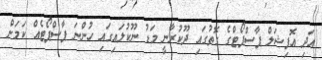
އަދި އޮފިޝަލް ޕާސްޕޯޓްގެ ގޮތުގައި ދޫކުރާނީ މަޑު ނޫކުލައިގައި ހުންނަ ޕާސްޕޯޓެއް ކަމަށް